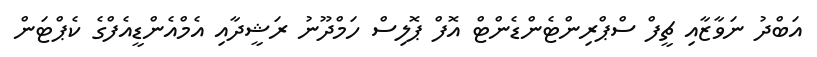
އަބްދު ނަވާޒާއި ޗީފް ސްޕްރިންޓެންޑެންޓް އޮފް ޕޮލިސް ހަމްދޫނު ރަޝީދާއި އެމްއެންޑީއެފްގެ ކެޕްޓަން